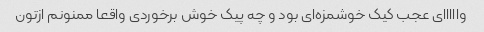
وااااای عجب کیک خوشمزه‌ای بود و چه پیک خوش برخوردی واقعا ممنونم ازتون